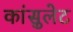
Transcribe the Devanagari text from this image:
कांसुलेट